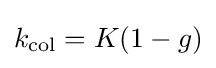
k_{\text{col}}=K(1-g)